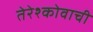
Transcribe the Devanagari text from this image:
तेरेश्कोवाची